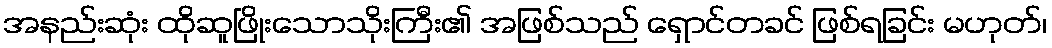
အနည်းဆုံး ထိုဆူဖြိုးသောသိုးကြီး၏ အဖြစ်သည် ရှောင်တခင် ဖြစ်ရခြင်း မဟုတ်၊